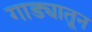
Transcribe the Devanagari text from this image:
गाड्यातून